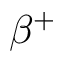
\beta ^ { + }